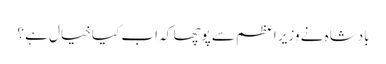
بادشاہ نے وزیر اعظم سے پوچھا کہ اب کیا خیال ہے ؟